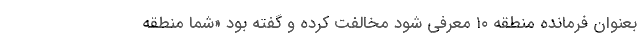
بعنوان فرمانده منطقه ۱۰ معرفی شود مخالفت کرده و گفته بود «شما منطقه